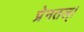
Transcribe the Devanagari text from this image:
प्रेनतल्।